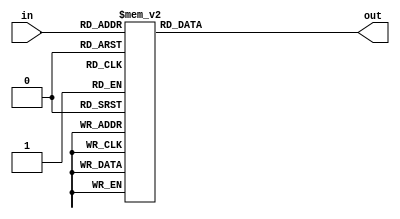
// This program was cloned from: https://github.com/MathBorgess/hardware_studies
// License: MIT License

module SevenSegmentsHighDecoder (
    input wire [3:0] in,
    output reg [6:0] out
);
//out -> [a,b,c,d,e,f,g], start from the top segment and go clockwise, g is the middle segment
always @ (in)
begin
    case (in)
        4'b0000: out = 7'b1111110; // 0
        4'b0001: out = 7'b0110000; // 1
        4'b0010: out = 7'b1101101; // 2
        4'b0011: out = 7'b1111001; // 3
        4'b0100: out = 7'b0110011; // 4
        4'b0101: out = 7'b1011011; // 5
        4'b0110: out = 7'b0011111; // 6
        4'b0111: out = 7'b1110000; // 7
        4'b1000: out = 7'b1111111; // 8
        4'b1001: out = 7'b1111011; // 9
        default: out = 7'b0000000; // OFF
    endcase
end
endmodule


//https://www.electricaltechnology.org/2018/05/bcd-to-7-segment-display-decoder.html
module SevenSegmentsLowDecoder (
    input wire A, B, C, D,
    output reg a, b, c, d, e, f, g
);
//out -> [a,b,c,d,e,f,g], start from the top segment and go clockwise, g is the middle segment
always @ (A or B or C, D)
begin
    a = A | C | (B & D) | (~B & ~D);
    b = ~B | (~C & ~D) | (C & D);
    c = B | ~C | D;
    d = A | (~B & ~D) |  (~B & C) | (C & ~D) | (B & ~C & D);
    e = (~B & ~D) | (C & ~D);
    f = A | (B & ~C) |(B & ~D) | (~C & ~D);
    g = A | (B & ~C)  | (~B & C) | (C & ~D); 
end
endmodule